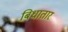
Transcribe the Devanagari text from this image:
बिधातार